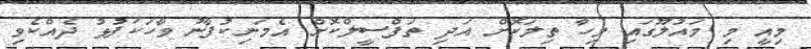
މިއީ މި މައުލޫގައި މިހާ ތިލަކޮށް އަދި ތަފްސީލްކޮށް އެމަނިކުފާނު ވާހަކަފުޅު ދެއްކެވި